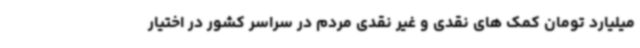
میلیارد تومان کمک های نقدی و غیر نقدی مردم در سراسر کشور در اختیار